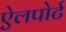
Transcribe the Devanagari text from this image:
ऐलपोर्ट